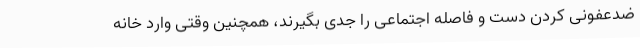
ضدعفونی کردن دست و فاصله اجتماعی را جدی بگیرند، همچنین وقتی وارد خانه